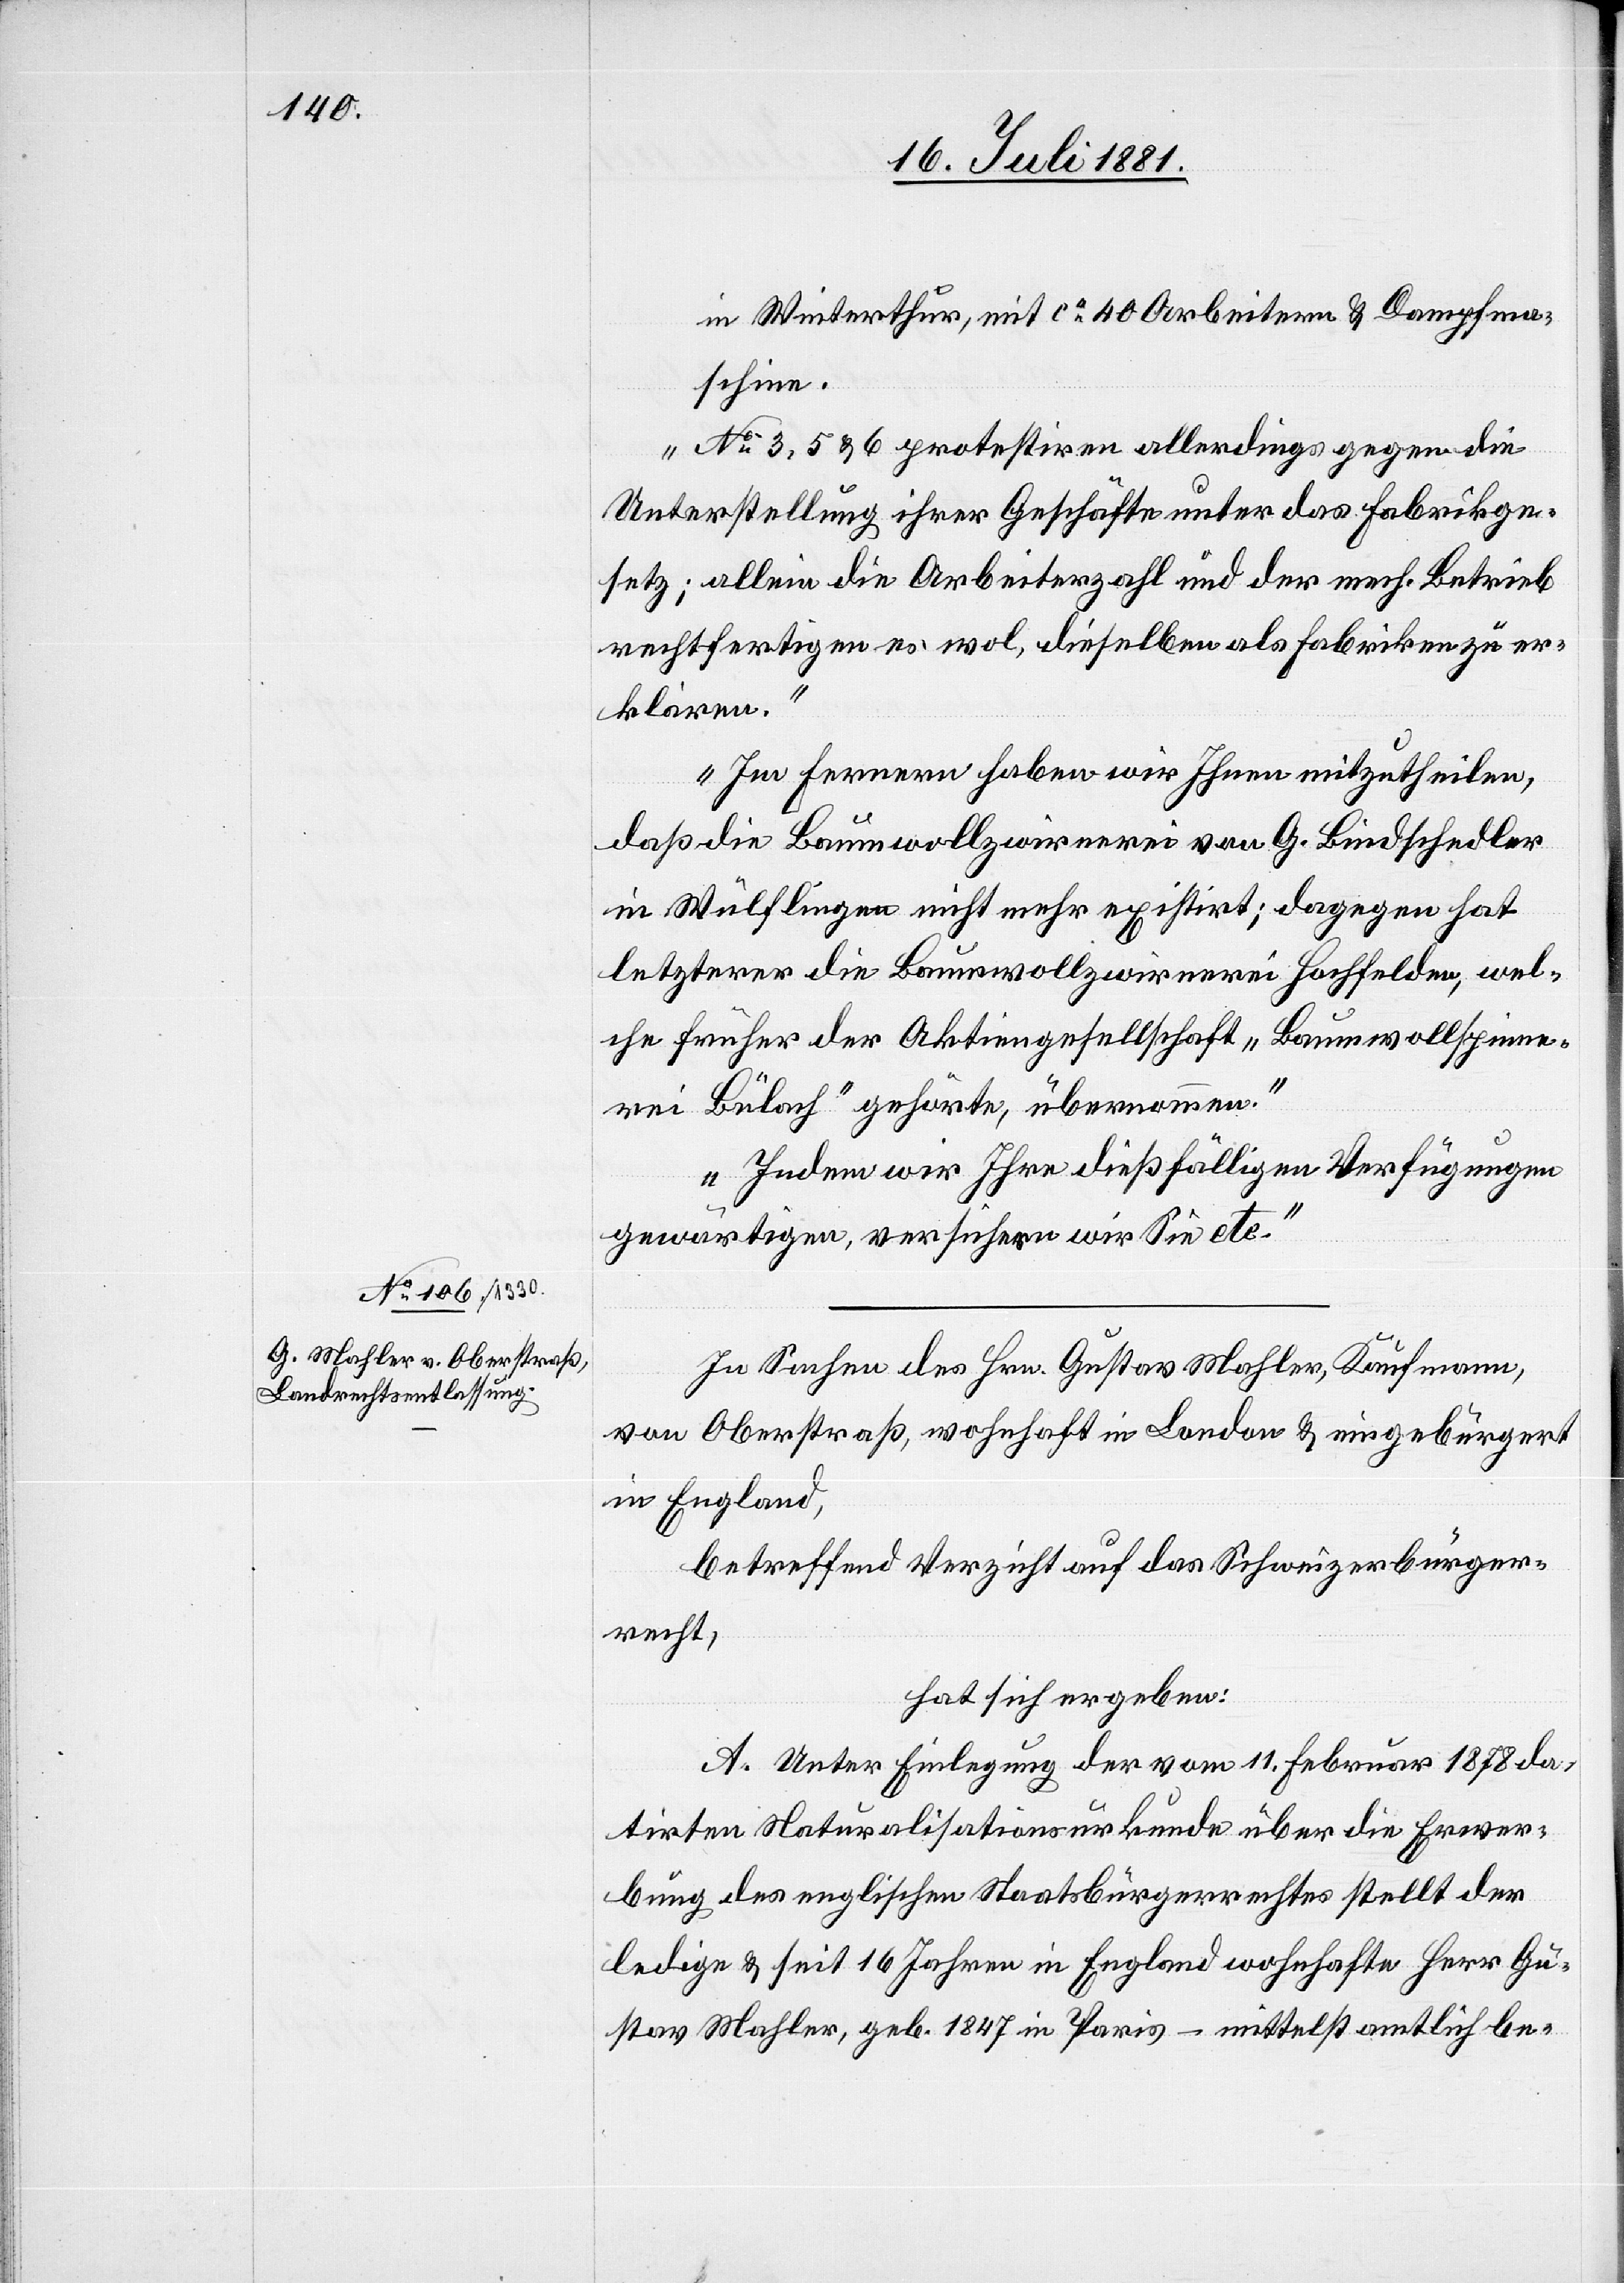
In Sachen des Hrn. Gustav Mahler, Kaufmann,
von Oberstraß, wohnhaft in London & eingebürgert
in England,
betreffend Verzicht auf das Schweizerbürger¬
recht,
hat sich ergeben:
A. Unter Einlegung der vom 11. Februar 1878 da¬
tirten Naturalisationsurkunde über die Erwer¬
bung des englischen Staatsbürgerrechtes stellt der
ledige & seit 16 Jahren in England wohnhafte Herr Gu¬
stav Mahler, geb. 1847 in Paris – mittels amtlich be-